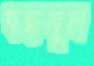
বদ্ধমূল